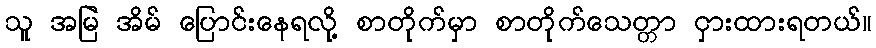
သူ အမြဲ အိမ် ပြောင်းနေရလို့ စာတိုက်မှာ စာတိုက်သေတ္တာ ငှားထားရတယ်။